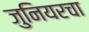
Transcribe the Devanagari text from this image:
जुनियरचा